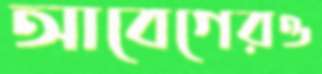
আবেগেরও